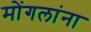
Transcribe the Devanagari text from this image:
मोंगलांना